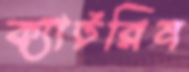
ক্যাটরিন